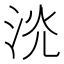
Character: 𣴕